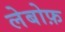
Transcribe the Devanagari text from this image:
लेबोफ़